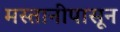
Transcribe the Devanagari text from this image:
मस्तानीपासून